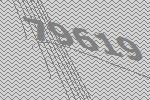
79619